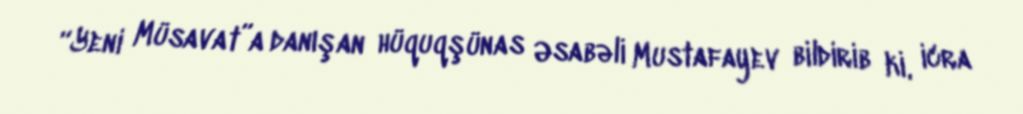
“Yeni Müsavat”a danışan hüquqşünas Əsabəli Mustafayev bildirib ki, icra